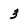
Character: 3